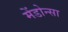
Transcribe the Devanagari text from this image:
मेंडोन्सा